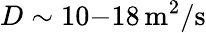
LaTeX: D\sim 10{-}18\, \mathrm{m^{2}/s}